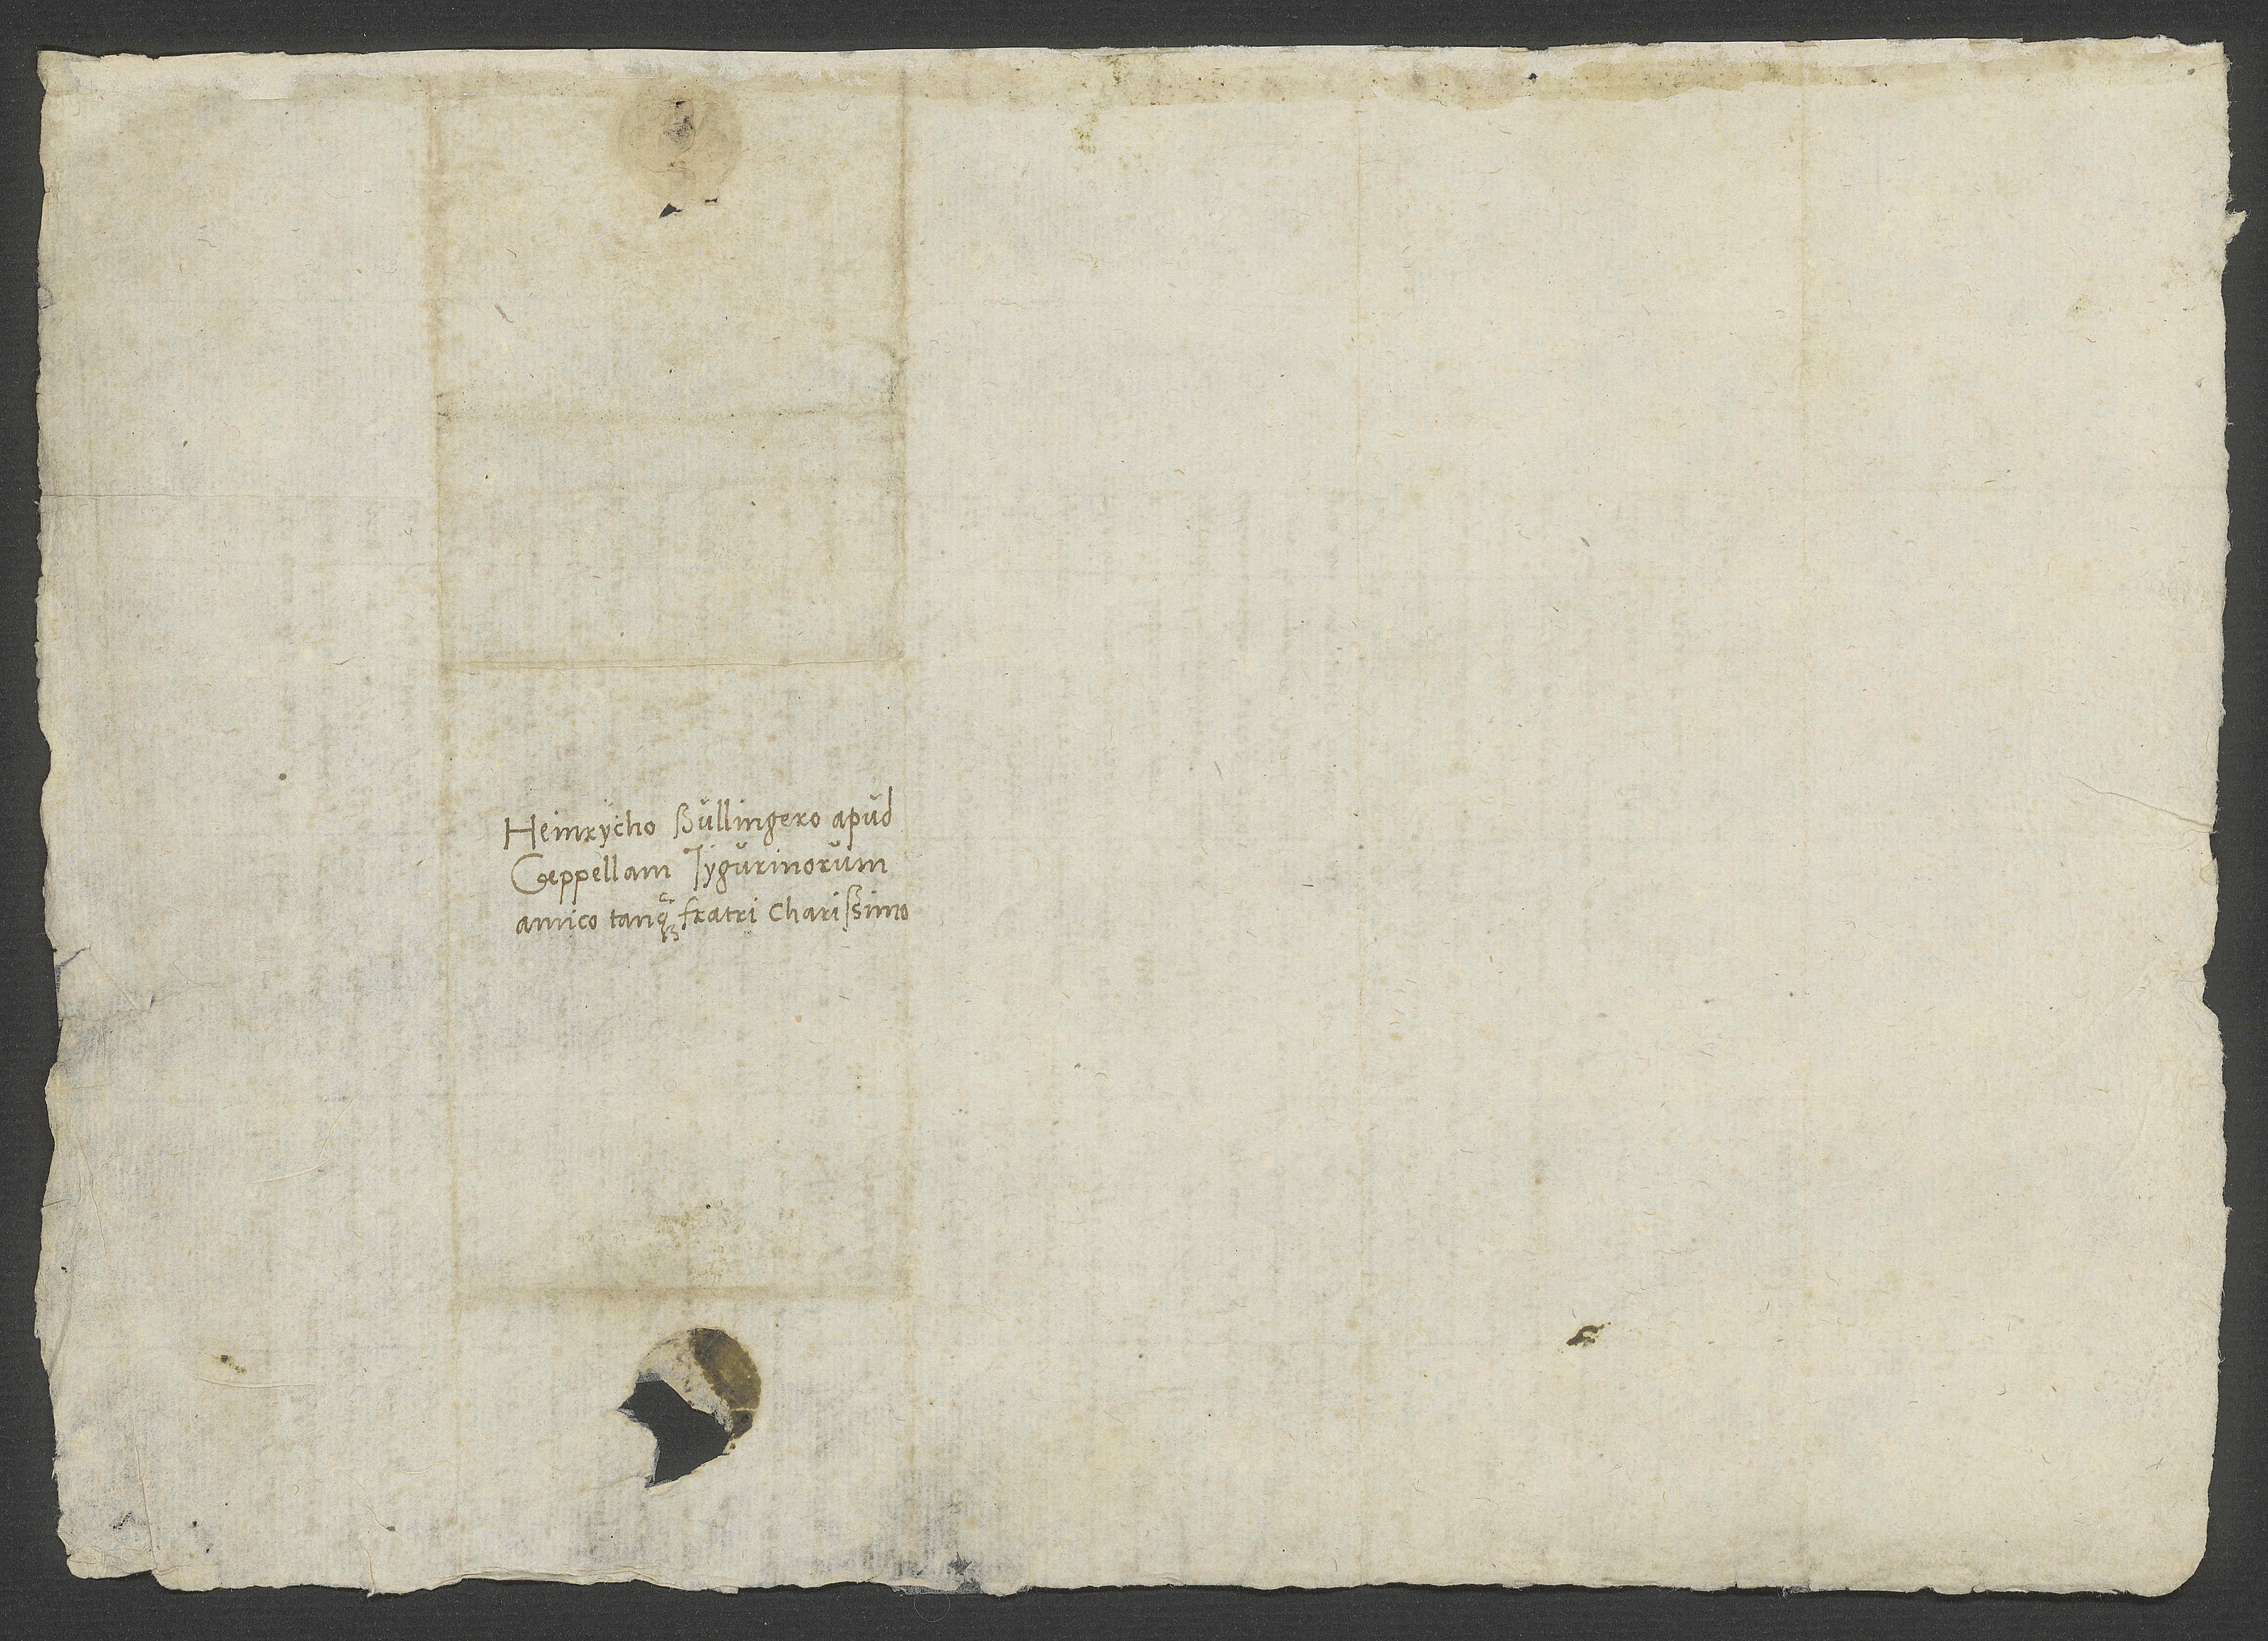
Heinrycho Bullingero apud
Ceepellam Tygurinorum,
amico tanquam fratri charissimo.